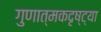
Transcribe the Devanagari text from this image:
गुणात्मकदृष्ट्या